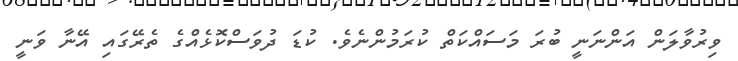
ވިރުވާލަން އަންނަނީ ބުރަ މަސައްކަތް ކުރަމުންނެވެ. ކުޑަ ދުވަސްްކޮޅެއްގެ ތެރޭގައި އޭނާ ވަނީ